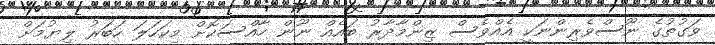
ވަގުތުގެ ނޫސްވެރިންނަކީ އެއްވެސް ޒިންމާދާރު ބައެއް ނޫން ހާއްސަކޮށް މިކަހަލަ ހަބަރު ލިޔުމަށް